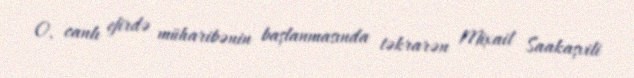
O, canlı efirdə müharibənin başlanmasında təkrarən Mixail Saakaşvili